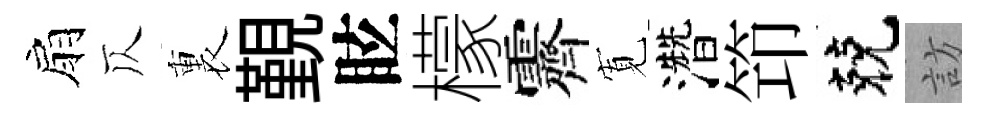
扇仄裏覲眩檬霽𡩖濳笻兢訪